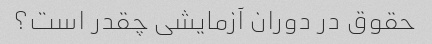
حقوق در دوران آزمایشی چقدر است؟